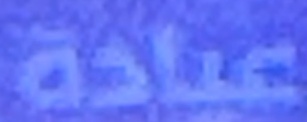
عيادة